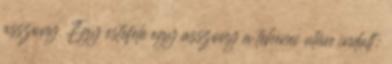
asszony. Egy estefelé egy asszony a tehenei után indult: